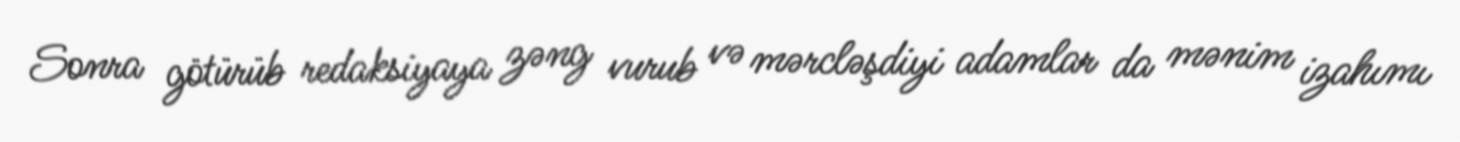
Sonra götürüb redaksiyaya zəng vurub və mərcləşdiyi adamlar da mənim izahımı